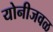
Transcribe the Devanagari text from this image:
योनीजवळ